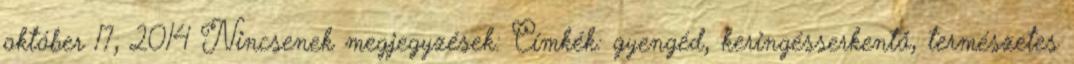
október 17, 2014 Nincsenek megjegyzések: Címkék: gyengéd, keringésserkentő, természetes